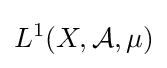
L^{1}(X,{\mathcal {A}},\mu )